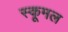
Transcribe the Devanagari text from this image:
स्कूमल